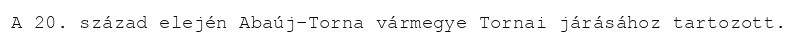
A 20. század elején Abaúj-Torna vármegye Tornai járásához tartozott.